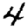
Digit: 4